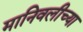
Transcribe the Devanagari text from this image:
मानिवलीच्या